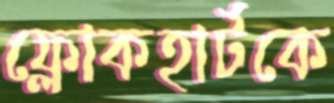
ফ্লোকহার্টকে